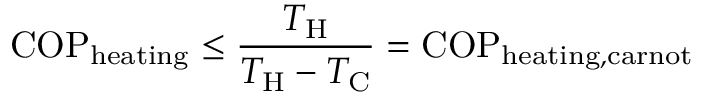
\mathrm { C O P } _ { \mathrm { h e a t i n g } } \leq { \frac { T _ { \mathrm { { H } } } } { T _ { \mathrm { { H } } } - T _ { \mathrm { { C } } } } } = \mathrm { C O P } _ { \mathrm { h e a t i n g , c a r n o t } }